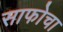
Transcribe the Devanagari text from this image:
साफोचा